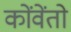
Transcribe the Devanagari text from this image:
कोंवेंतो